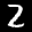
Label: 2